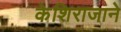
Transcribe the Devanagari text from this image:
केशिराजाने